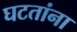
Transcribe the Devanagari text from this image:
घटतांना